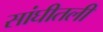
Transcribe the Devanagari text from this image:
सांघीतली